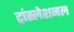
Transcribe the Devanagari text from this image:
ट्रांस्लेशनल